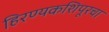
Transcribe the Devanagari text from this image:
हिरण्यकशिपूरचा